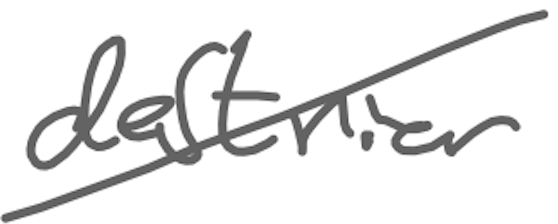
Text: destrier
Cross-out: diagonal
Writing tool: digital_gray